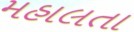
મહાલતા